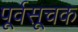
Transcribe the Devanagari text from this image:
पूर्वसूचक